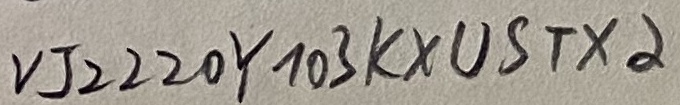
Text: VJ2220Y103KXUSTX2